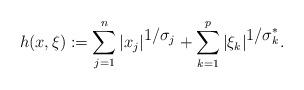
LaTeX: \begin{align*} h(x,\xi) := \sum_{j = 1}^n|x_j|^{\displaystyle {1}/{\sigma_j}} + \sum_{k = 1}^p |\xi_k|^{\displaystyle{1}/{\sigma^*_k}}.\end{align*}